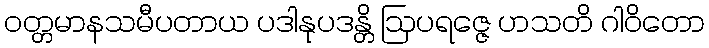
ဝတ္တမာနသမီပတာယ ပဒါနုပဒန္တိ ဩပရဇ္ဇေ ဟသတိ ဂါဝိတော